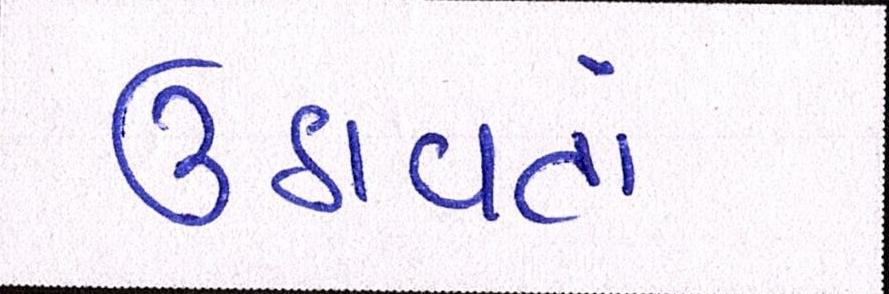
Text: ઉઠાવતાં